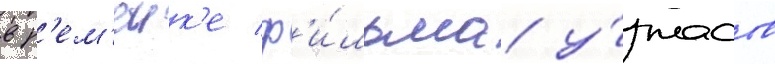
в р'ем'еик'е ф'и́льма у́жасов